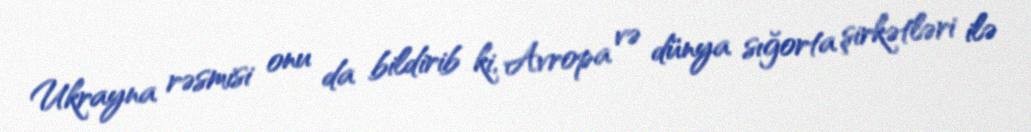
Ukrayna rəsmisi onu da bildirib ki, Avropa və dünya sığorta şirkətləri ilə